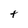
Character: t